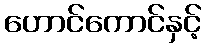
ဟောင်ကောင်နှင့်